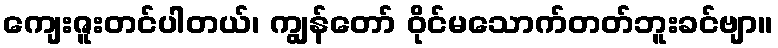
ကျေးဇူးတင်ပါတယ်၊ ကျွန်တော် ဝိုင်မသောက်တတ်ဘူးခင်ဗျာ။